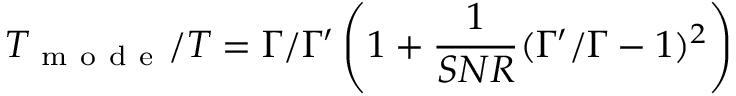
T _ { \mathrm { ~ m ~ o ~ d ~ e ~ } } / T = \Gamma / \Gamma ^ { \prime } \left( 1 + \frac { 1 } { S N R } ( \Gamma ^ { \prime } / \Gamma - 1 ) ^ { 2 } \right)